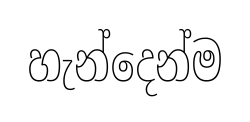
හැන්දෙන්ම